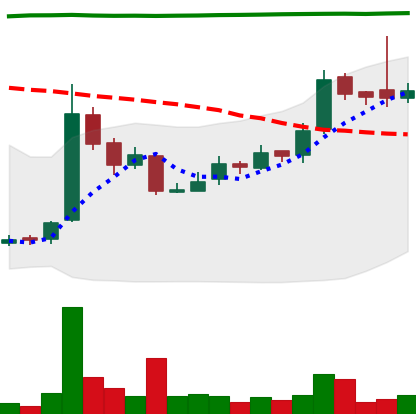
Ticker: LTC-USD
Chart end date: 2016-09-08
Forward return: -4.178%
Label: down_3_5